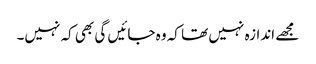
مجھے اندازہ نہیں تھا کہ وہ جائیں گی بھی کہ نہیں۔